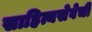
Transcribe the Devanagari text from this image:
साहित्यसेवेची